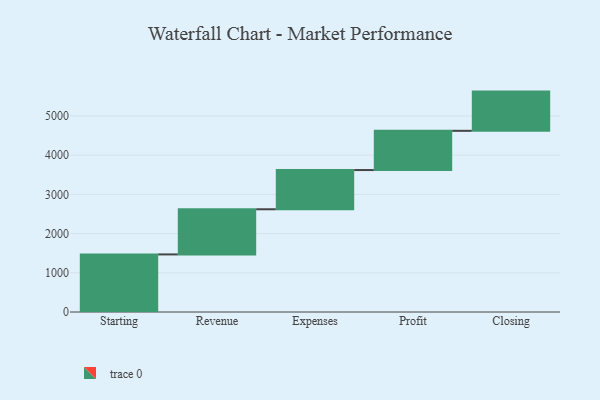
{"axis": {"x": "Step", "y": "Value"}, "legend": [""], "data": [{"x": "Starting", "y": 1468.0, "type": ""}, {"x": "Revenue", "y": 1151.0, "type": ""}, {"x": "Expenses", "y": 1000, "type": ""}, {"x": "Profit", "y": 1000, "type": ""}, {"x": "Closing", "y": 1000, "type": ""}]}